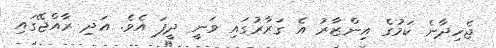
ޖެހިދާނެ ކަމުގެ އިންޒާރު އެ ގަރާރުގައި ވަނީ ދީފަ އެވެ. އަދި ރާއްޖޭގައި